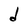
Character: d